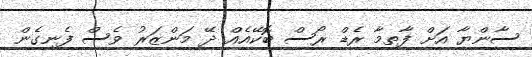
ސާންޔާ އަށް ފާތިމާ ރެޑް ރޯސް ބޮކޭއެއް ދޭ މަންޒަރު ވެސް ފެނިގެން